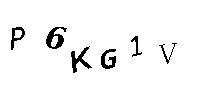
P6KG1V